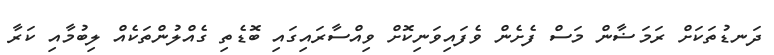
ދަނޑުތަކަށް ރަމަޟާން މަސް ފެށެން ވެފައިވަނިކޮށް ވިއްސާރައިގައި ބޮޑެތި ގެއްލުންތަކެއް ލިބުމާއި ކަރާ